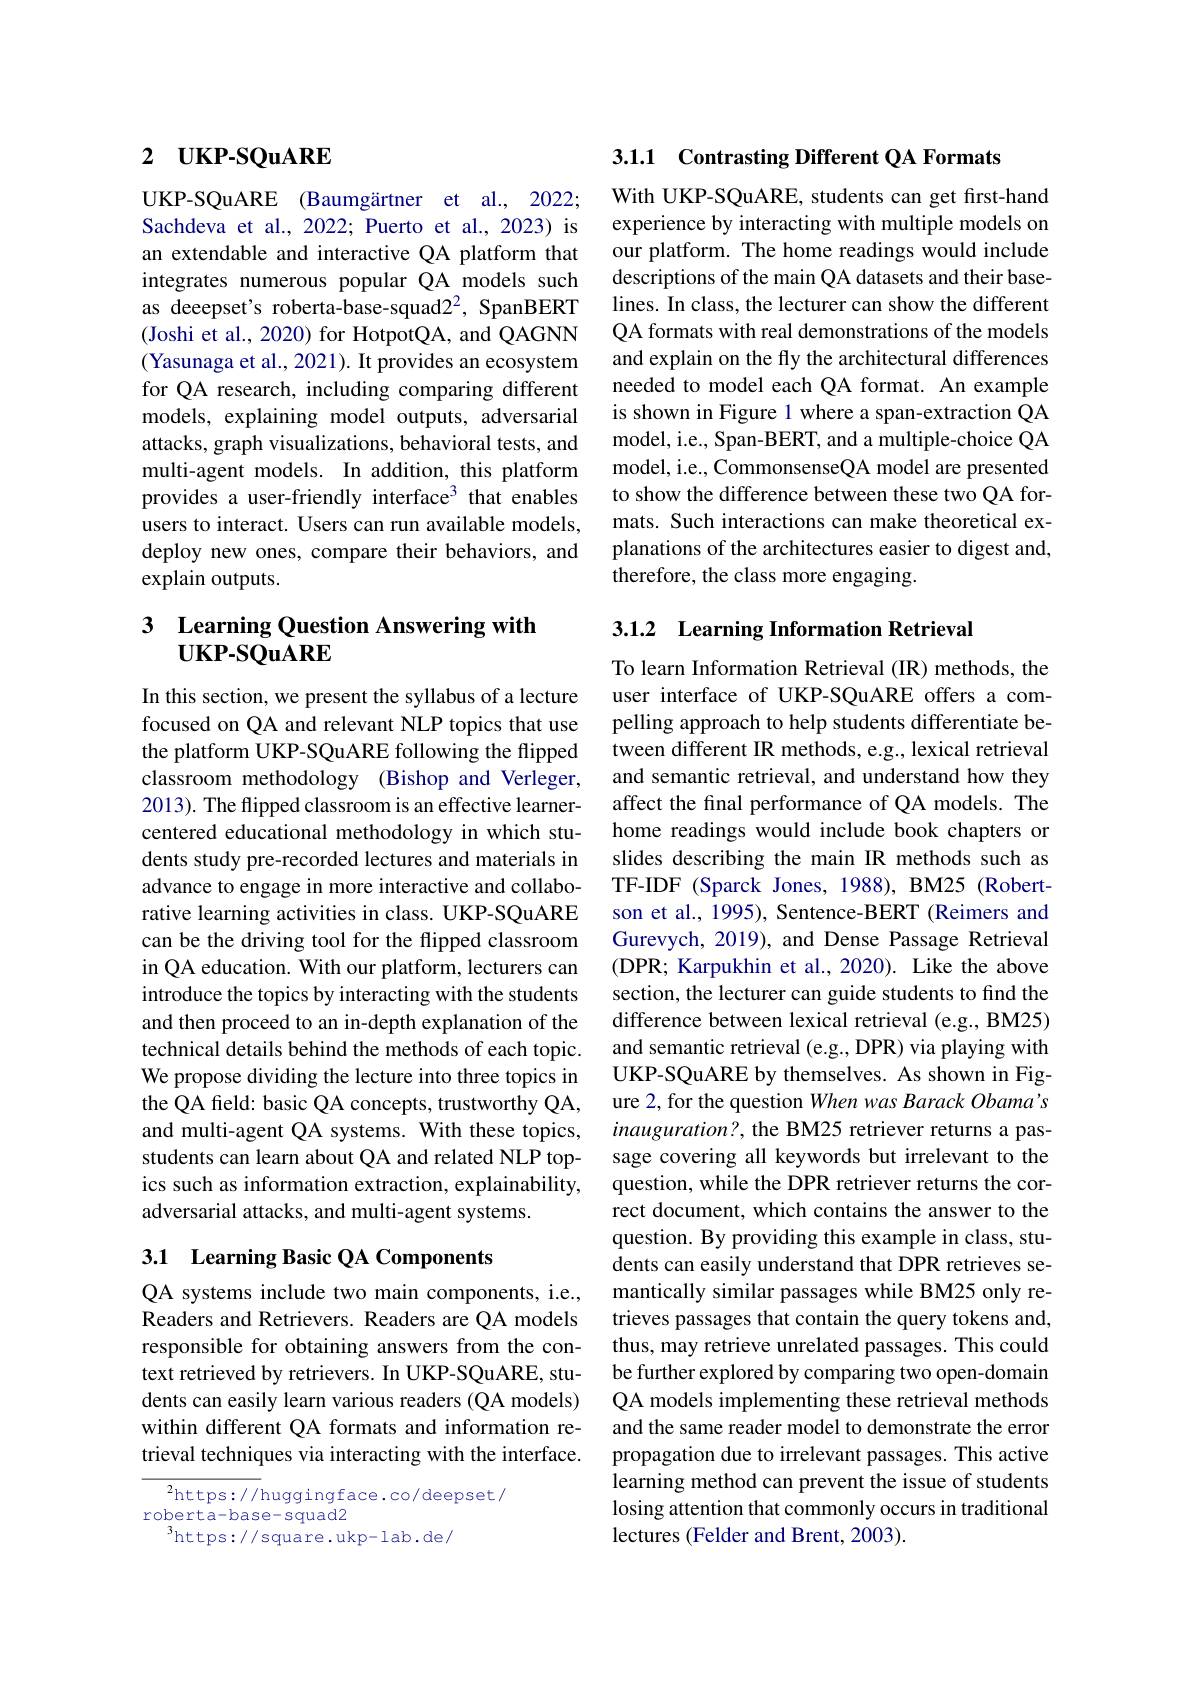
## 2 $\mathbf{UKP- SQuARE}$

UKP-SQuARE (Baumgärtner et al., 2022; Sachdeva et al., 2022; Puerto et al., 2023) is an extendable and interactive QA platform that integrates numerous popular QA models such as deeepset's roberta-base-squad22, SpanBERT (Joshi et al., 2020) for HotpotQA, and QAGNN (Yasunaga et al., 2021). It provides an ecosystem for QA research, including comparing different models, explaining model outputs, adversarial attacks, graph visualizations, behavioral tests, and multi-agent models. In addition, this platform provides a user-friendly interface$^3$ that enables users to interact. Users can run available models, deploy new ones, compare their behaviors, and explain outputs.

# 3 Learning Question Answering with $\bar{\mathbf{UKP-SQuARE}}$

In this section, we present the syllabus of a lecture focused on QA and relevant NLP topics that use the platform UKP-SQuARE following the flipped classroom methodology (Bishop and Verleger, 2013). The flipped classroom is an effective learnercentered educational methodology in which students study pre-recorded lectures and materials in advance to engage in more interactive and collaborative learning activities in class. UKP-SQuARE can be the driving tool for the flipped classroom in QA education. With our platform, lecturers can introduce the topics by interacting with the students and then proceed to an in-depth explanation of the technical details behind the methods of each topic. We propose dividing the lecture into three topics in the QA field: basic QA concepts, trustworthy QA, and multi-agent QA systems. With these topics, students can learn about QA and related NLP topics such as information extraction, explainability, adversarial attacks, and multi-agent systems.

## 3.1 Learning Basic QA Components

QA systems include two main components, i.e., Readers and Retrievers. Readers are QA models responsible for obtaining answers from the context retrieved by retrievers. In UKP-SQuARE, students can easily learn various readers (QA models) within different QA formats and information retrieval techniques via interacting with the interface.

$^2$https://huggingface.co/deepset/
roberta-base-squad2
$^{3}$https://square.ukp-lab.de/

## 3.1.1 Contrasting Different QA Formats

With UKP-SQuARE, students can get first-hand experience by interacting with multiple models on our platform. The home readings would include descriptions of the main QA datasets and their baselines. In class, the lecturer can show the different QA formats with real demonstrations of the models and explain on the fly the architectural differences needed to model each QA format. An example is shown in Figure 1 where a span-extraction QA model, i.e., Span-BERT, and a multiple-choice QA model, i.e., CommonsenseQA model are presented to show the difference between these two QA formats. Such interactions can make theoretical explanations of the architectures easier to digest and, therefore, the class more engaging.

## 3.1.2 Learning Information Retrieval

To learn Information Retrieval (IR) methods, the user interface of UKP-SQuARE offers a compelling approach to help students differentiate between different IR methods, e.g., lexical retrieval and semantic retrieval, and understand how they affect the final performance of QA models. The home readings would include book chapters or slides describing the main IR methods such as TF-IDF (Sparck Jones, 1988), BM25 (Robertson et al., 1995), Sentence-BERT (Reimers and Gurevych, 2019), and Dense Passage Retrieval (DPR; Karpukhin et al., 2020). Like the above section, the lecturer can guide students to find the difference between lexical retrieval (e.g., BM25) and semantic retrieval (e.g., DPR) via playing with UKP-SQuARE by themselves. As shown in Figure 2, for the question When was Barack Obama's inauguration?, the BM25 retriever returns a passage covering all keywords but irrelevant to the question, while the DPR retriever returns the correct document, which contains the answer to the question. By providing this example in class, students can easily understand that DPR retrieves semantically similar passages while BM25 only retrieves passages that contain the query tokens and, thus, may retrieve unrelated passages. This could be further explored by comparing two open-domain QA models implementing these retrieval methods and the same reader model to demonstrate the error propagation due to irrelevant passages. This active learning method can prevent the issue of students losing attention that commonly occurs in traditional lectures (Felder and Brent, 2003).